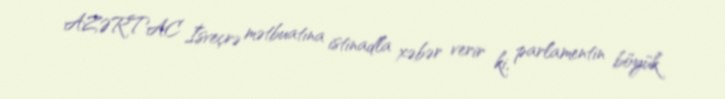
AZƏRTAC İsveçrə mətbuatına istinadla xəbər verir ki, parlamentin böyük